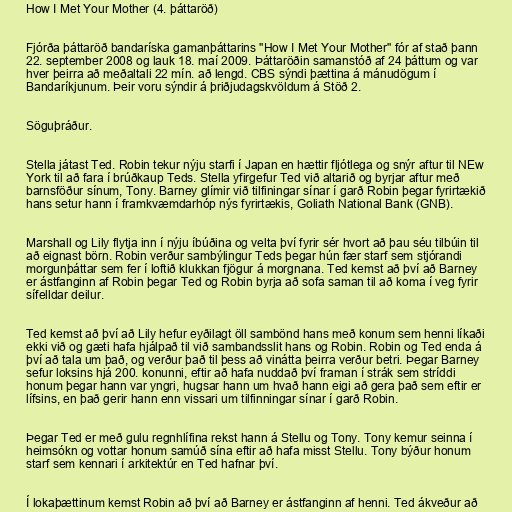
How I Met Your Mother (4. þáttaröð)

Fjórða þáttaröð bandaríska gamanþáttarins "How I Met Your Mother" fór af stað þann
22. september 2008 og lauk 18. maí 2009. Þáttaröðin samanstóð af 24 þáttum og var
hver þeirra að meðaltali 22 mín. að lengd. CBS sýndi þættina á mánudögum í
Bandaríkjunum. Þeir voru sýndir á þriðjudagskvöldum á Stöð 2.

Söguþráður.

Stella játast Ted. Robin tekur nýju starfi í Japan en hættir fljótlega og snýr aftur til NEw
York til að fara í brúðkaup Teds. Stella yfirgefur Ted við altarið og byrjar aftur með
barnsföður sínum, Tony. Barney glímir við tilfiningar sínar í garð Robin þegar fyrirtækið
hans setur hann í framkvæmdarhóp nýs fyrirtækis, Goliath National Bank (GNB).

Marshall og Lily flytja inn í nýju íbúðina og velta því fyrir sér hvort að þau séu tilbúin til
að eignast börn. Robin verður sambýlingur Teds þegar hún fær starf sem stjórandi
morgunþáttar sem fer í loftið klukkan fjögur á morgnana. Ted kemst að því að Barney
er ástfanginn af Robin þegar Ted og Robin byrja að sofa saman til að koma í veg fyrir
sífelldar deilur.

Ted kemst að því að Lily hefur eyðilagt öll sambönd hans með konum sem henni líkaði
ekki við og gæti hafa hjálpað til við sambandsslit hans og Robin. Robin og Ted enda á
því að tala um það, og verður það til þess að vinátta þeirra verður betri. Þegar Barney
sefur loksins hjá 200. konunni, eftir að hafa nuddað því framan í strák sem stríddi
honum þegar hann var yngri, hugsar hann um hvað hann eigi að gera það sem eftir er
lífsins, en það gerir hann enn vissari um tilfinningar sínar í garð Robin.

Þegar Ted er með gulu regnhlífina rekst hann á Stellu og Tony. Tony kemur seinna í
heimsókn og vottar honum samúð sína eftir að hafa misst Stellu. Tony býður honum
starf sem kennari í arkitektúr en Ted hafnar því.

Í lokaþættinum kemst Robin að því að Barney er ástfanginn af henni. Ted ákveður að